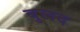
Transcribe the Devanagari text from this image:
बुलद